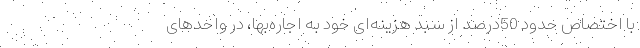
با اختصاص حدود 50درصد از سبد هزینه‌‌ای خود به اجاره‌‌بها، در واحدهای